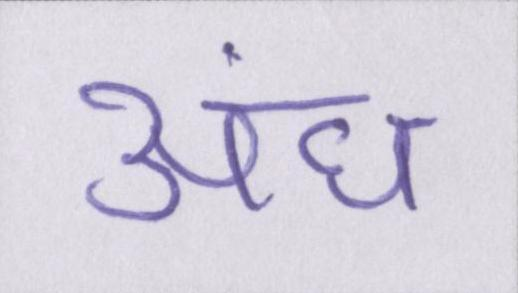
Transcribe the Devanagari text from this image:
अंध